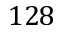
1 2 8